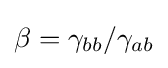
\beta =\gamma _{bb}/\gamma _{ab}